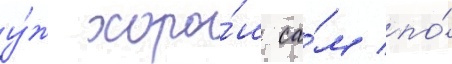
у́ж хоро́ш са́м по́